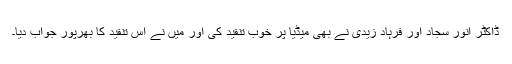
ڈاکٹر انور سجاد اور فرہاد زیدی نے بھی میڈیا پر خوب تنقید کی اور میں نے اس تنقید کا بھرپور جواب دیا۔